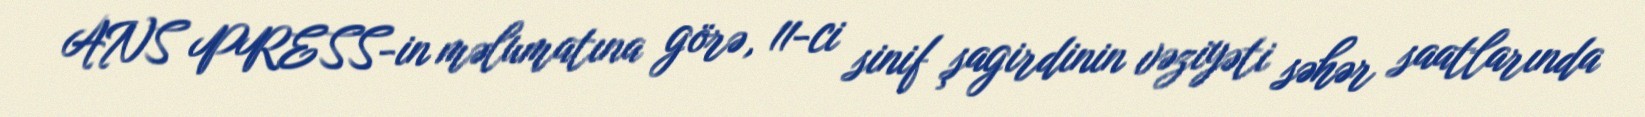
ANS PRESS-in məlumatına görə, 11-ci sinif şagirdinin vəziyəti səhər saatlarında